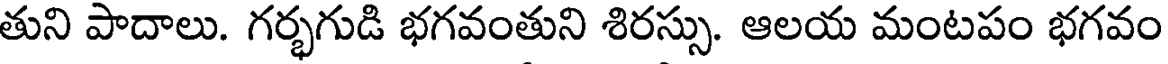
తుని పాదాలు. గర్భగుడి భగవంతుని శిరస్సు. ఆలయ మంటపం భగవం